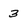
Character: 3